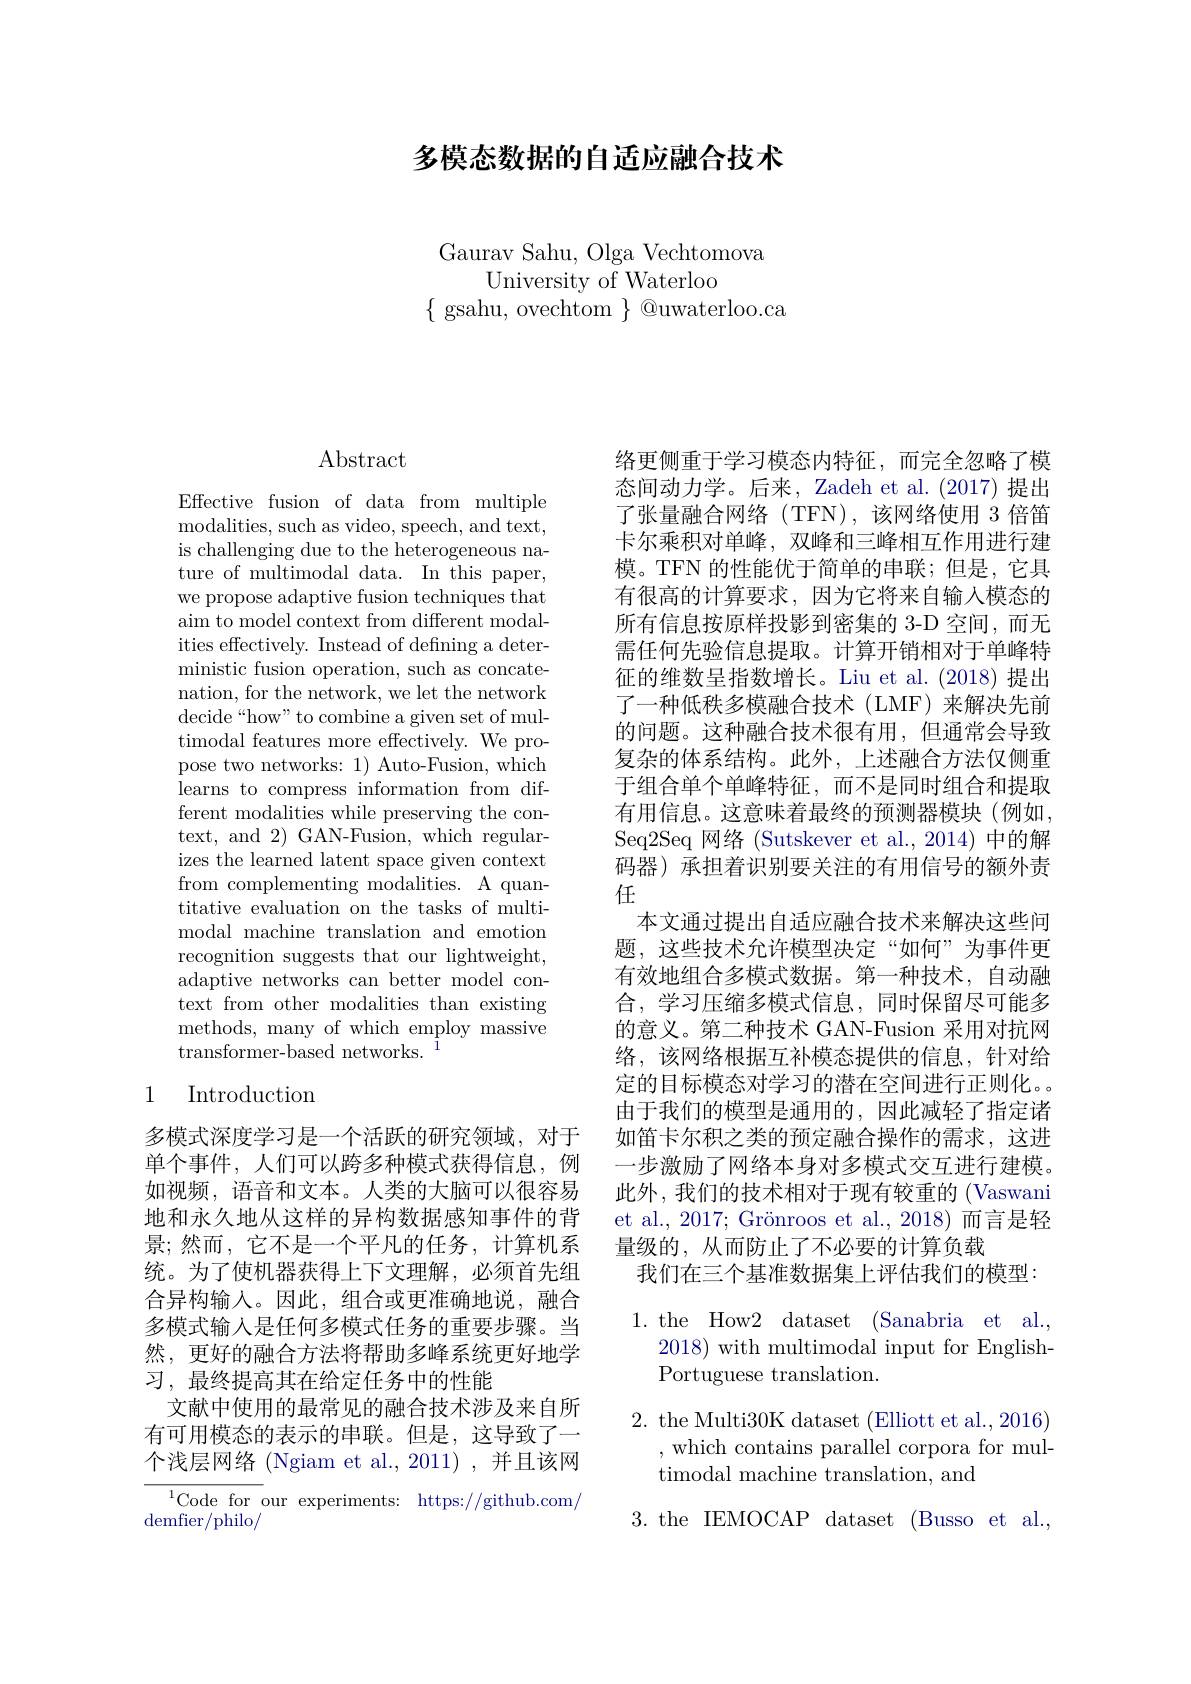
多模态数据的自适应融合技术

Gaurav Sahu, Olga Vechtomova
University of Waterloo
$\{$ gsahu, ovechtom $\}$ @uwaterloo.ca

# Abstract

Effective fusion of data from multiple modalities, such as video, speech, and text, is challenging due to the heterogeneous nature of multimodal data. In this paper, we propose adaptive fusion techniques that aim to model context from different modalities effectively. Instead of defning a deterministic fusion operation, such as concatenation, for the network, we let the network decide“how”to combine a given set of multimodal features more effectively. We propose two networks: 1) Auto-Fusion, which learns to compress information from different modalities while preserving the context, and 2) GAN-Fusion, which regularizes the learned latent space given context from complementing modalities. A quantitative evaluation on the tasks of multimodal machine translation and emotion recognition suggests that our lightweight, adaptive networks can better model context from other modalities than existing methods, many of which employ massive transformer-based networks.

## 1 Introduction

多模式深度学习是一个活跃的研究领域，对于单个事件，人们可以跨多种模式获得信息，例如视频，语音和文本。人类的大脑可以很容易地和永久地从这样的异构数据感知事件的背景；然而，它不是一个平凡的任务，计算机系统。为了使机器获得上下文理解，必须首先组合异构输入。因此，组合或更准确地说，融合多模式输入是任何多模式任务的重要步骤。当然，更好的融合方法将帮助多峰系统更好地学习，最终提高其在给定任务中的性能
文献中使用的最常见的融合技术涉及来自所有可用模态的表示的串联。但是，这导致了一个浅层网络 (Ngiam et al., 2011) , 并且该网${}^{1}$Code for our experiments: https://github.com/ demfier/ philo/

络更侧重于学习模态内特征，而完全忽略了模态间动力学。后来，Zadeh et al.(2017)提出了张量融合网络(TFN),该网络使用 3 倍笛卡尔乘积对单峰，双峰和三峰相互作用进行建模。TFN 的性能优于简单的串联；但是，它具有很高的计算要求，因为它将来自输入模态的所有信息按原样投影到密集的 3-D 空间，而无需任何先验信息提取。计算开销相对于单峰特征的维数呈指数增长。Liu et al.(2018)提出了一种低秩多模融合技术(LMF)来解决先前的问题。这种融合技术很有用，但通常会导致复杂的体系结构。此外，上述融合方法仅侧重于组合单个单峰特征，而不是同时组合和提取有用信息。这意味着最终的预测器模块(例如， Seq2Seq 网络 (Sutskever et al.,2014) 中的解码器)承担着识别要关注的有用信号的额外责任
本文通过提出自适应融合技术来解决这些问题，这些技术允许模型决定“如何”为事件更有效地组合多模式数据。第一种技术，自动融合，学习压缩多模式信息，同时保留尽可能多的意义。第二种技术 GAN-Fusion 采用对抗网络，该网络根据互补模态提供的信息，针对给定的目标模态对学习的潜在空间进行正则化。由于我们的模型是通用的，因此减轻了指定诸如笛卡尔积之类的预定融合操作的需求，这进一步激励了网络本身对多模式交互进行建模。此外，我们的技术相对于现有较重的 (Vaswani et al., 2017; Grönroos et al., 2018)而言是轻量级的，从而防止了不必要的计算负载
我们在三个基准数据集上评估我们的模型：

1. the How2 dataset (Sanabria et al.,
$2018){\mathrm{~with~multimodal~input~for~English-}}$
Portuguese translation.

2. the Multi30K dataset (Elliott et al., 2016)
,which contains parallel corpora for mul-
timodal machine translation, and
3. the IEMOCAP dataset (Busso et al.,